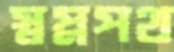
স্বপ্নপথ